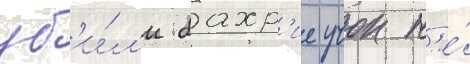
уб'и́л'и бахр'ие учок н'е́